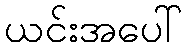
ယင်းအပေါ်